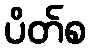
ပိတ်စ